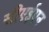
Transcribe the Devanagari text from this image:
सीएईएन